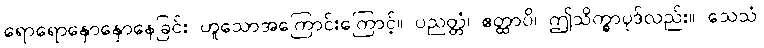
ရောရောနှောနှောနေခြင်း ဟူသောအကြောင်းကြောင့်။ ပညတ္တံ၊ ဧတ္ထာပိ၊ ဤသိက္ခာပုဒ်လည်း။ သေသံ၊